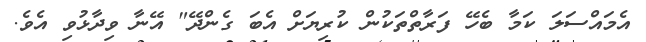
އެމައްސަލަ ކަމާ ބެހޭ ފަރާތްތަކުން ކުރިޔަށް އެބަ ގެންދޭ" އޭނާ ވިދާޅުވި އެވެ.